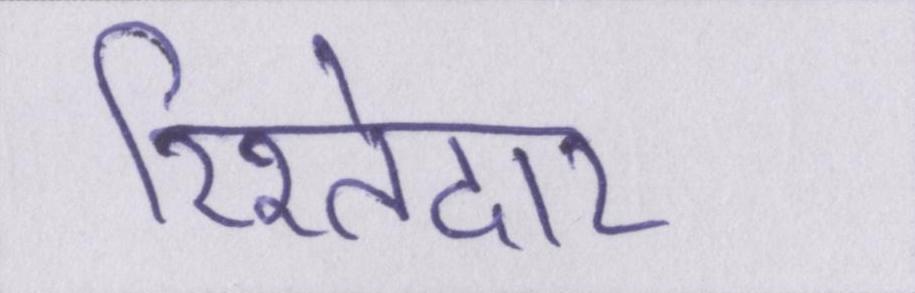
रिश्तेदार